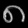
Digit: ၈